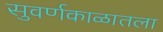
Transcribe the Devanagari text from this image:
सुवर्णकाळातला